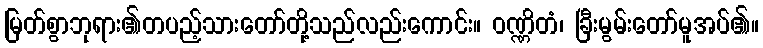
မြတ်စွာဘုရား၏တပည့်သားတော်တို့သည်လည်းကောင်း။ ဝဏ္ဏိတံ၊ ခြီးမွမ်းတော်မူအပ်၏။